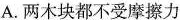
A.两木块都不受摩擦力